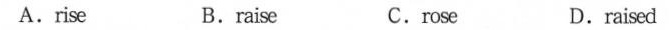
A.rise B.raise c.rose D.raised